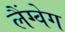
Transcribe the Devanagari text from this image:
लैंग्वेग